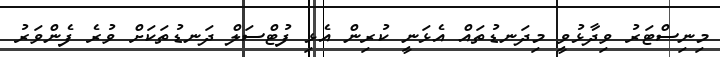
މިނިސްޓަރު ވިދާޅުވީ މިދަނޑުތައް އެޅަނީ ކުރިން އެޅި ފުޓްސަލް ދަނޑުތަކަށް ވުރެ ފެންވަރު